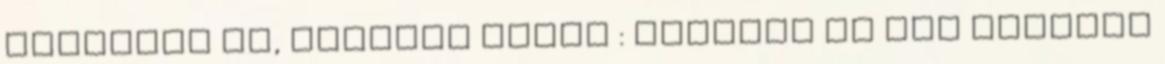
megnézni oh, Matthew Goode : remélem jó sok snittet